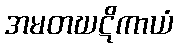
အမတဃဋိကာယံ